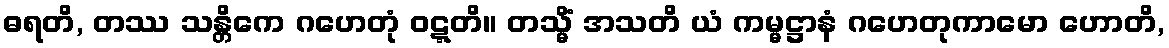
ဓရတိ, တဿ သန္တိကေ ဂဟေတုံ ဝဋ္ဋတိ။ တသ္မိံ အသတိ ယံ ကမ္မဋ္ဌာနံ ဂဟေတုကာမော ဟောတိ,